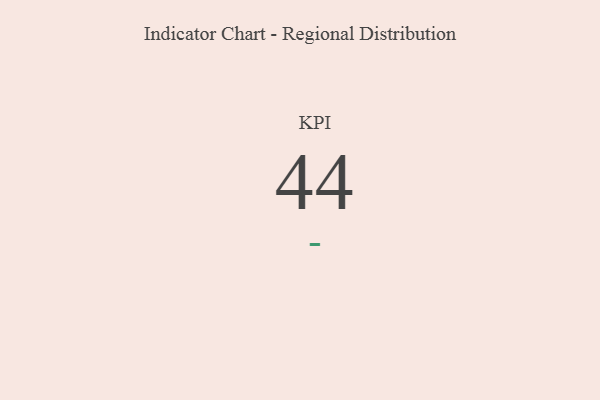
{"axis": {"x": "KPI", "y": "Value"}, "legend": [""], "data": [{"x": "KPI", "y": 44, "type": ""}]}